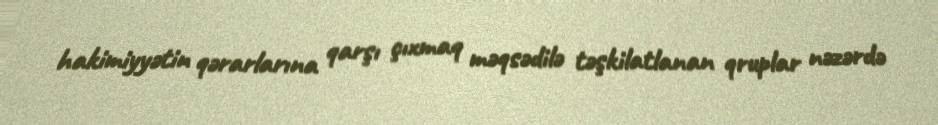
hakimiyyətin qərarlarına qarşı çıxmaq məqsədilə təşkilatlanan qruplar nəzərdə